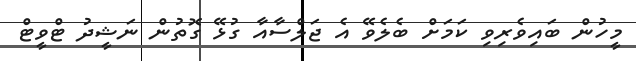
މީހުން ބައިވެރިވި ކަމަށް ބެލެވޭ އެ ޖަލްސާއާ ގުޅޭ ގޮތުން ނަޝީދު ޓްވީޓް